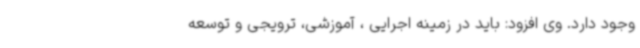
وجود دارد. وی افزود: باید در زمینه اجرایی ، آموزشی، ترویجی و توسعه